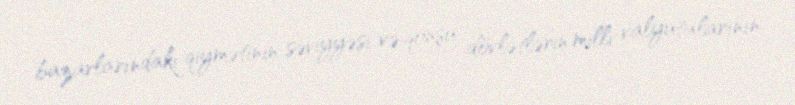
bazarlarındakı qiymətinin səviyyəsi və qonşu dövlətlərin milli valyutalarının